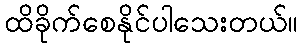
ထိခိုက်စေနိုင်ပါသေးတယ်။